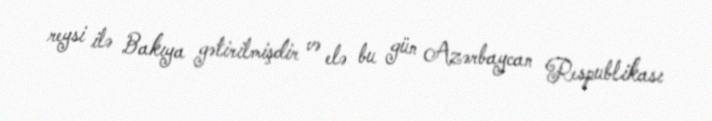
reysi ilə Bakıya gətirilmişdir və elə bu gün Azərbaycan Respublikası